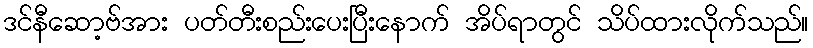
ဒင်နီဆော့ဗ်အား ပတ်တီးစည်းပေးပြီးနောက် အိပ်ရာတွင် သိပ်ထားလိုက်သည်။